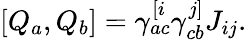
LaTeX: \left[Q_{a},Q_{b}\right]=\gamma_{ac}^{[i}\gamma_{cb}^{j]}J_{ij}.